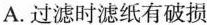
A.过滤时滤纸有破损